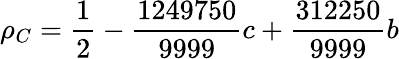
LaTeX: \rho_{C}=\frac{1}{2}-\frac{1249750}{9999}c+\frac{312250}{9999}b